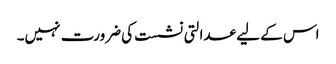
اس کے لیے عدالتی نشست کی ضرورت نہیں۔